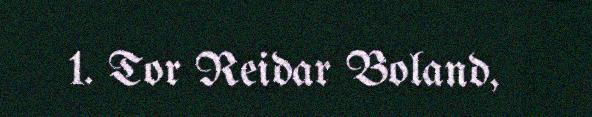
1. Tor Reidar Boland,